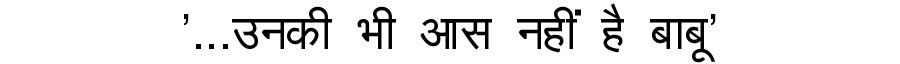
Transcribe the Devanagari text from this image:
'...उनकी भी आस नहीं है बाबू'